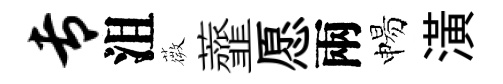
专沮薇虀愿兩惕潢